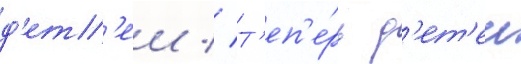
д'ет'еи // Т'еп'е́рь д'ет'еи